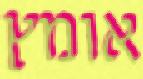
אומץ